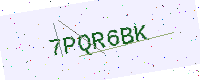
Text: 7PQR6BK